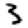
Digit: 3